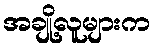
အချို့လူများက